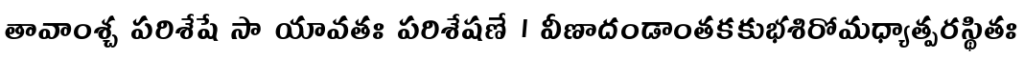
తావాంశ్చ పరిశేషే సా యావతః పరిశేషణే । వీణాదండాంతకకుభశిరోమధ్యాత్పరస్థితః